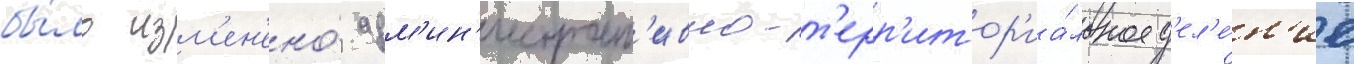
бы́ло изм'ен'ено́ адм'ин'истрат'ивно-т'ерр'итор'иа́льное д'ел'е́н'ие